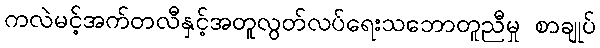
ကလဲမင့်အက်တလီနှင့်အတူလွတ်လပ်ရေးသဘောတူညီမှု စာချုပ်